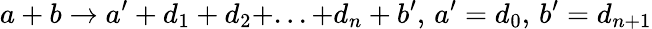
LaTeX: a+b\rightarrow a^{\prime}+d_{1}+d_{2}+...+d_{n}+b^{\prime},\, a^{\prime}=d_{0},\, b^{\prime}=d_{n+1}